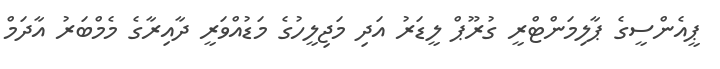
ޕީއެންސީގެ ޕާލިމަންޓްރީ ގުރޫޕް ލީޑަރު އަދި މަޖިލީހުގެ މަޑުއްވަރީ ދާއިރާގެ މެމްބަރު އާދަމް